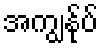
အကျွနု်ပ်